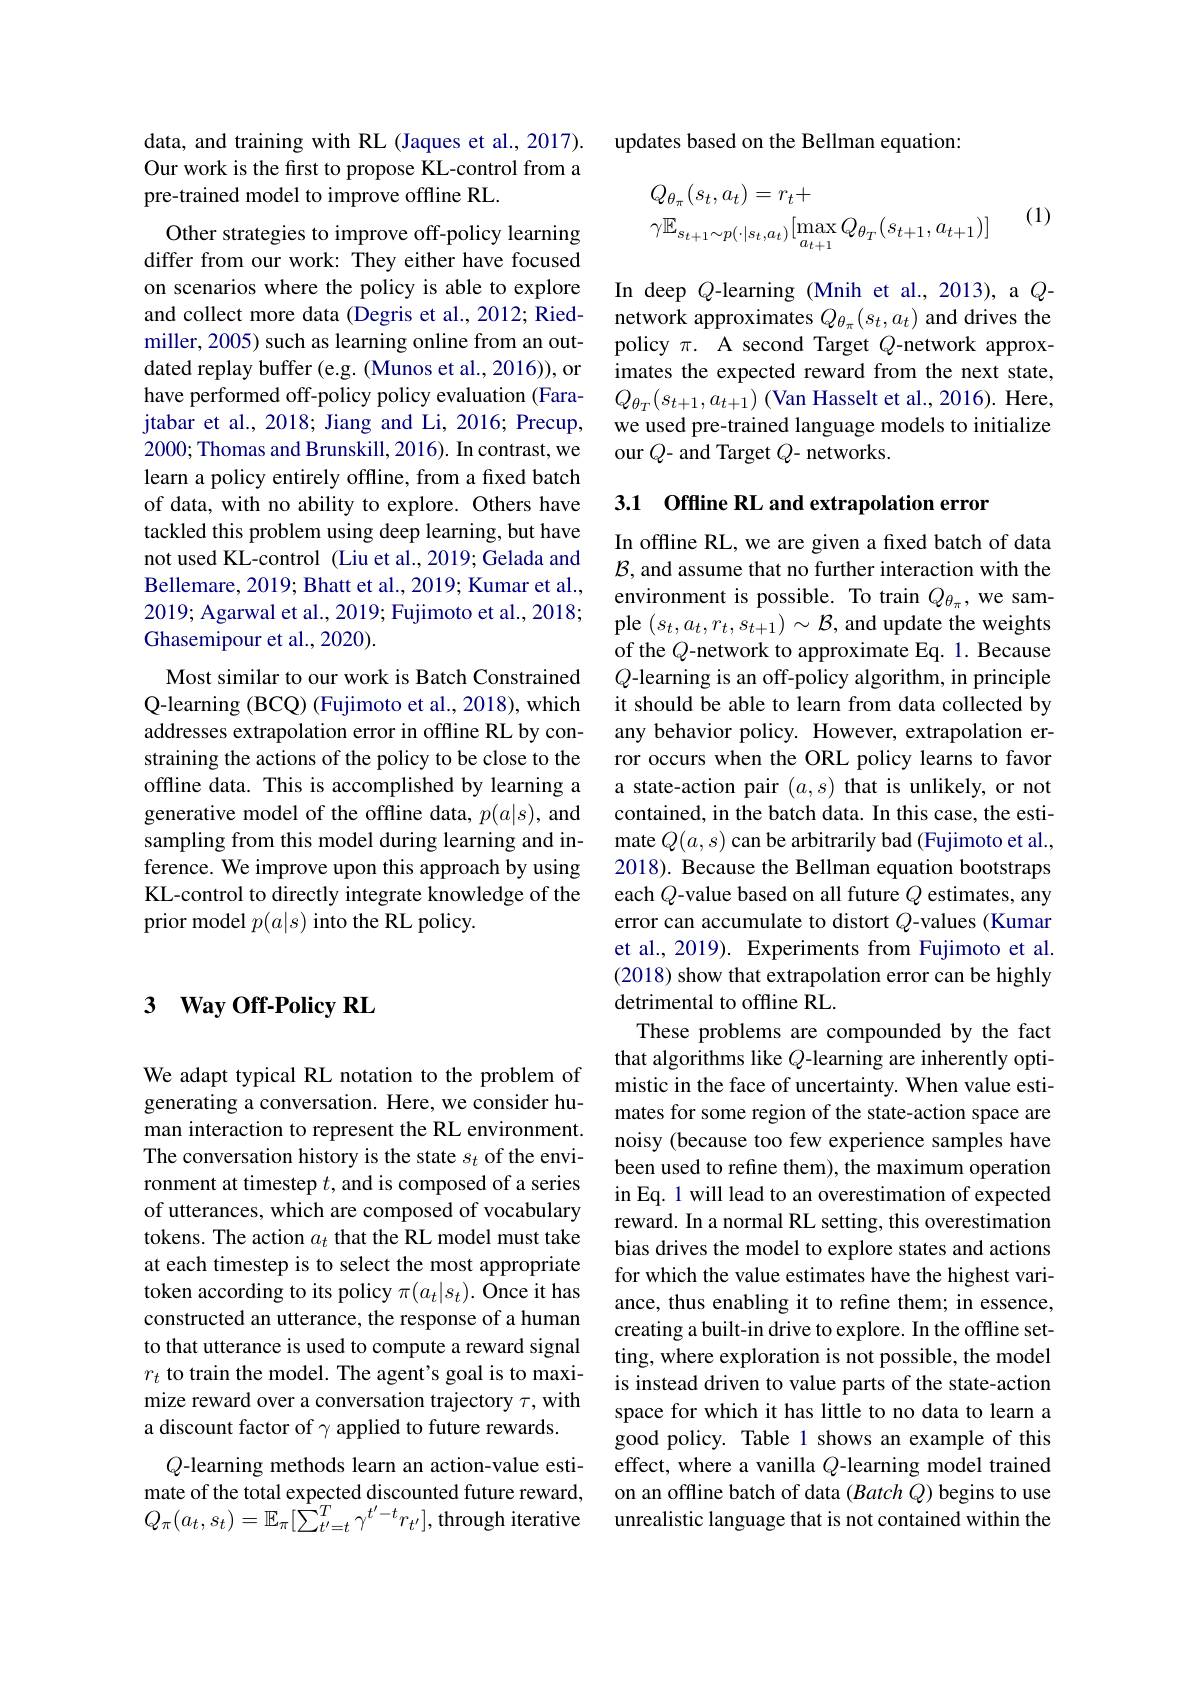
data, and training with RL (Jaques et al., 2017). Our work is the first to propose KL-control from a pre-trained model to improve offline RL.

Other strategies to improve off-policy learning differ from our work: They either have focused on scenarios where the policy is able to explore and collect more data (Degris et al., 2012; Riedmiller, 2005) such as learning online from an outdated replay buffer (e.g. (Munos et al., 2016)), or have performed off-policy policy evaluation (Farajtabar et al., 2018; Jiang and Li, 2016; Precup, 2000; Thomas and Brunskill, 2016). In contrast, we learn a policy entirely offline, from a fixed batch of data, with no ability to explore. Others have tackled this problem using deep learning, but have not used KL-control (Liu et al., 2019; Gelada and Bellemare, 2019; Bhatt et al., 2019; Kumar et al., 2019; Agarwal et al., 2019; Fujimoto et al., 2018; Ghasemipour et al., 2020).
Most similar to our work is Batch Constrained Q-learning (BCQ) (Fujimoto et al., 2018), which addresses extrapolation error in offline RL by constraining the actions of the policy to be close to the offline data. This is accomplished by learning a generative model of the offline data, $p(a|s)$, and sampling from this model during learning and inference. We improve upon this approach by using KL-control to directly integrate knowledge of the prior model $p(a|s)$ into the RL policy.

## 3 $\textbf{Way Off- Policy RL}$

We adapt typical RL notation to the problem of generating a conversation. Here, we consider human interaction to represent the RL environment. The conversation history is the state $s_t$ of the environment at timestep $t$, and is composed of a series of utterances, which are composed of vocabulary tokens. The action $a_t$ that the RL model must take at each timestep is to select the most appropriate token according to its policy $\pi(a_t|s_t).$ Once it has constructed an utterance, the response of a human to that utterance is used to compute a reward signal $r_t$ to train the model. The agent's goal is to maximize reward over a conversation trajectory $\tau$,with a discount factor of $\gamma$ applied to future rewards.

Q-learning methods learn an action-value estimate of the total expected discounted future reward, $Q_{\pi}(a_{t},s_{t})=\mathbb{E}_{\pi}[\sum_{t^{\prime}=t}^{T}\gamma^{t^{\prime}-t}r_{t^{\prime}}]$, through iterative

updates based on the Bellman equation:

(1)
$$\begin{aligned}&Q_{\theta_{\pi}}(s_{t},a_{t})=r_{t}+\\&\gamma\mathbb{E}_{s_{t+1}\sim p(\cdot|s_{t},a_{t})}[\max_{a_{t+1}}Q_{\theta_{T}}(s_{t+1},a_{t+1})]\end{aligned}$$
In deep Q-learning (Mnih et al., 2013), a $Q$- network approximates $Q_{\theta_\pi}(s_t,a_t)$ and drives the policy $\pi.$ A second Target $Q$-network approximates the expected reward from the next state, $Q_{\theta_{T}}(s_{t+1},a_{t+1})$ (Van Hasselt et al., 2016). Here, we used pre-trained language models to initialize our $Q$- and Target $Q$- networks.

3.1 Offline RL and extrapolation error

In offline RL, we are given a fxed batch of data $\mathcal{B}$, and assume that no further interaction with the environment is possible. To train $Q_{\theta_\pi}$, we sample $(s_t,a_t,r_t,s_{t+1})\sim\mathcal{B}$, and update the weights of the Q-network to approximate Eq. 1. Because Q-learning is an off-policy algorithm, in principle it should be able to learn from data collected by any behavior policy. However, extrapolation error occurs when the ORL policy learns to favor a state-action pair $(a,s)$ that is unlikely, or not contained, in the batch data. In this case, the estimate $Q(a,s)$ can be arbitrarily bad (Fujimoto et al., 2018). Because the Bellman equation bootstraps each $Q$-value based on all future $Q$ estimates, any error can accumulate to distort $Q$-values (Kumar et al., 2019). Experiments from Fujimoto et al. (2018) show that extrapolation error can be highly detrimental to offline RL
These problems are compounded by the fact that algorithms like $Q$-learning are inherently optimistic in the face of uncertainty. When value estimates for some region of the state-action space are noisy (because too few experience samples have been used to refine them), the maximum operation in Eq. 1 will lead to an overestimation of expected reward. In a normal RL setting, this overestimation bias drives the model to explore states and actions for which the value estimates have the highest variance, thus enabling it to refine them; in essence, creating a built-in drive to explore. In the offline setting, where exploration is not possible, the model is instead driven to value parts of the state-action space for which it has little to no data to learn a good policy. Table 1 shows an example of this effect, where a vanilla $Q$-learning model trained on an offline batch of data (Batch Q) begins to use unrealistic language that is not contained within the